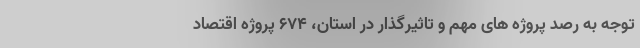
توجه به رصد پروژه های مهم و تاثیرگذار در استان، ۶۷۴ پروژه اقتصاد